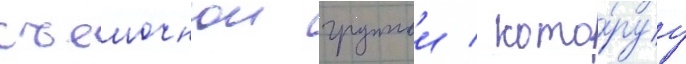
съемочнои группои / кото́руу